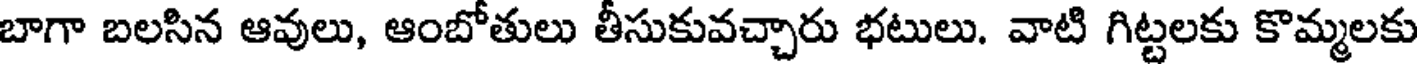
బాగా బలసిన ఆవులు, ఆంబోతులు తీసుకువచ్చారు భటులు. వాటి గిట్టలకు కొమ్మలకు